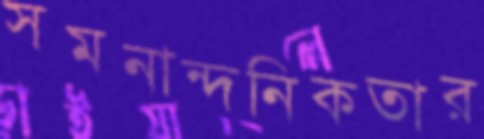
সমনান্দনিকতার